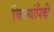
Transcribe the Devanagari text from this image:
किल्यांपैकी